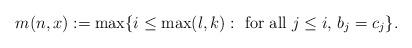
LaTeX: \begin{align*} m(n, x) := \max\{ i \leq \max(l, k): \mbox{ for all } j\leq i, \, b_j=c_j \}.\end{align*}